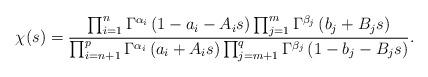
LaTeX: \begin{align*}\chi(s)=\frac{\prod_{i=1}^{n}\Gamma^{\alpha_i}\left(1-a_i-A_is\right)\prod_{j=1}^{m}\Gamma^{\beta_j}\left(b_j+B_js\right)}{\prod_{i=n+1}^{p}\Gamma^{\alpha_i}\left(a_i+A_is\right)\prod_{j=m+1}^{q}\Gamma^{\beta_j}\left(1-b_j-B_js\right)}.\end{align*}